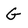
Character: G